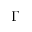
\ensuremath { \Gamma }